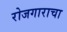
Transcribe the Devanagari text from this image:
रोजगाराचा